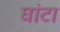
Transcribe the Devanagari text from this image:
घांटा